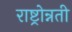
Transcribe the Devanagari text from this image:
राष्ट्रोन्नती